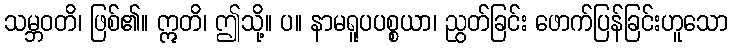
သမ္ဘဝတိ၊ ဖြစ်၏။ ဣတိ၊ ဤသို့။ ပ။ နာမရူပပစ္စယာ၊ ညွတ်ခြင်း ဖောက်ပြန်ခြင်းဟူသော